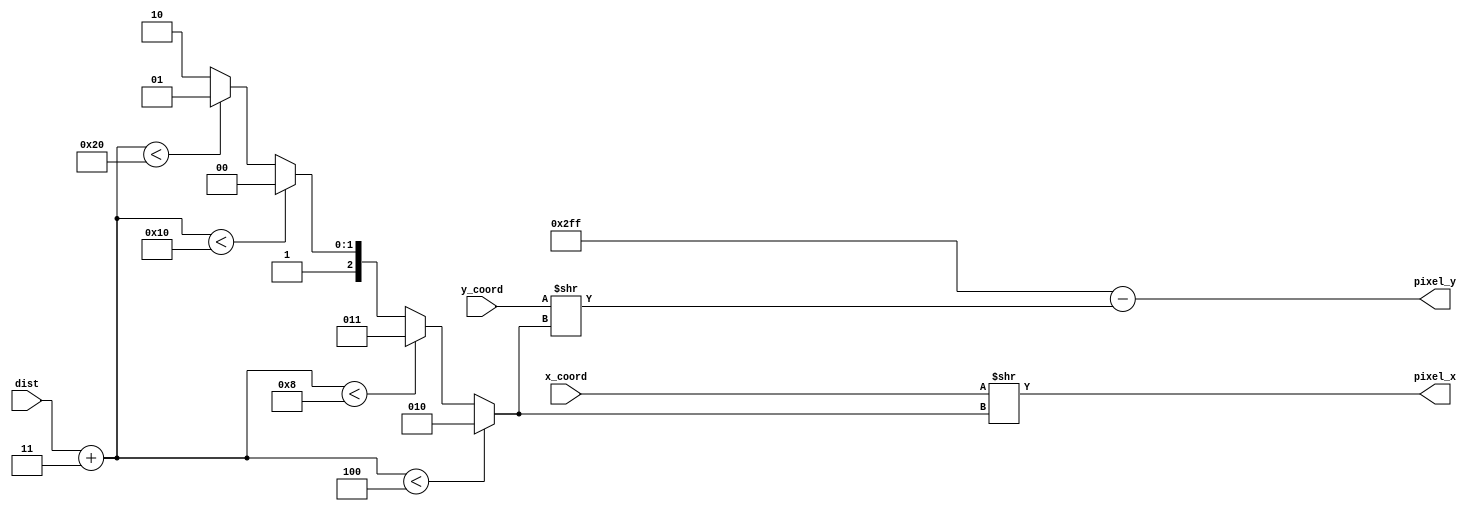
`timescale 1ns / 1ps
//////////////////////////////////////////////////////////////////////////////////
// Company: 
// Engineer: 
// 
// Design Name: 
// Module Name:    coords_to_pixel 
// Project Name: 
// Target Devices: 
// Tool versions: 
// Description: 
//
// Dependencies: 
//
// Revision: 
// Revision 0.01 - File Created
// Additional Comments: 
//
//////////////////////////////////////////////////////////////////////////////////
//takes in absolute coordinates of an object and returns its pixel coordinates
//scaling is such that the full 1024 pixels represent the smallest power of 
// 2 in 1.024 meters that is greater than dist+3
module coords_to_pixel(
    input[15:0] x_coord,//in mm
    input[15:0] y_coord,//in mm
    input[5:0] dist,//in meters
    output reg[10:0] pixel_x,
    output reg[9:0] pixel_y
    );
	 
	 wire[6:0] maxdist;
	 //negative coords or coords greater than maxdist will not be on screen
	 assign maxdist = dist + 3;
	 
	 reg[2:0] powerOf2;
	 
	 
	 
	 always @(*) begin
		if (maxdist < 4) powerOf2 = 2;
		else if (maxdist < 8) powerOf2 = 3;
		else if (maxdist < 16) powerOf2 = 4;
		else if (maxdist < 32) powerOf2 = 5;
		else powerOf2 = 6;
		//multiply by 1024 (number of pixels) and divide by 1024 for mm's per 1.024m
		//so do nothing
		pixel_x = x_coord >> powerOf2;
		pixel_y = 767 - (y_coord >> powerOf2);
	 end


endmodule